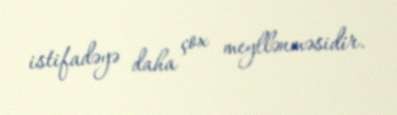
istifadəyə daha çox meyllənməsidir.